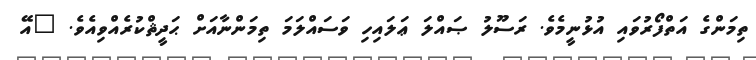
ތިމަންގެ އަތްފޯރުވައި އުޅުނީމެވެ. ރަސޫލު ޞައްލަ ޢަލައިހި ވަސައްލަމަ ތިމަންނާއަށް ޙަދީޘްކުރެއްވިއެވެ. "އޭ